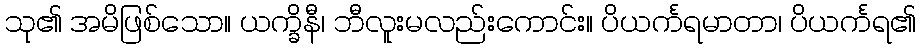
သု၏ အမိဖြစ်သော။ ယက္ခိနီ၊ ဘီလူးမလည်းကောင်း။ ပိယင်္ကရမာတာ၊ ပိယင်္ကရ၏